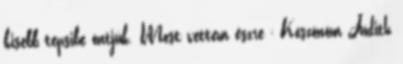
kisebb tepsibe öntjük. Most vettem észre ; Köszönöm Judith